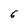
Character: 6